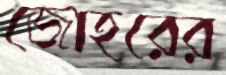
জোহরের